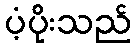
ပံ့ပိုးသည်